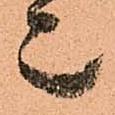
候